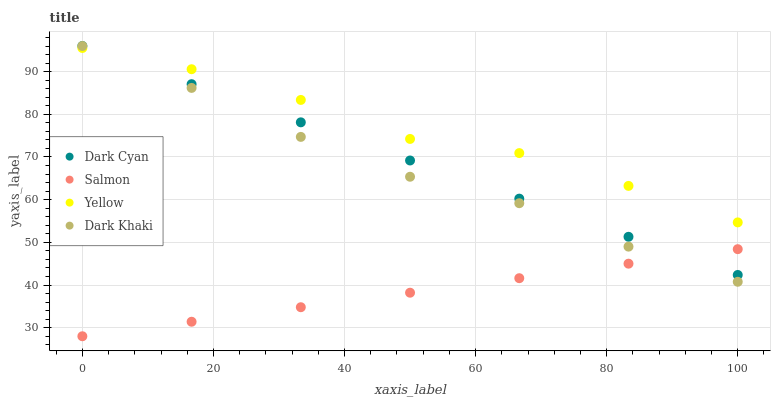
| xaxis_label | Dark Cyan | Salmon | Yellow | Dark Khaki |
 | --- | --- | --- | --- | --- |
 | 0 | 96 | 28 | 95.5 | 96 |
 | 16.7 | 87.1 | 31.4 | 90.6 | 86.2 |
 | 33.3 | 78.1 | 34.8 | 83.4 | 74.7 |
 | 50 | 69.2 | 38.2 | 74.2 | 65.4 |
 | 66.7 | 60.2 | 41.6 | 70.9 | 59.2 |
 | 83.3 | 51.3 | 45 | 63.2 | 49 |
 | 100 | 42.4 | 48.4 | 54.7 | 40.8 |